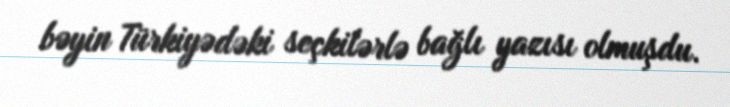
bəyin Türkiyədəki seçkilərlə bağlı yazısı olmuşdu.